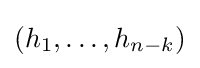
(h_{1},\dots ,h_{n-k})